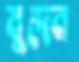
মুদেন